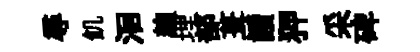
尋飢洄麹埋部葺讀狎采碑